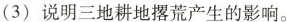
(3)说明三地耕地撂荒产生的影响。